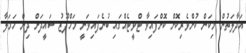
އަދާލަތުން މިކަން ކުށްވެރިކޮށް ކޮށްފައިވާ ޓްވީޓެއްގައި ބުނެފައިވަނީ މަހްފޫޒު ސައީދަށް ދިން ހަމަލާ